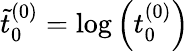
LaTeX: \tilde{t}_{0}^{(0)}=\log{\left(t_{0}^{(0)}\right)}